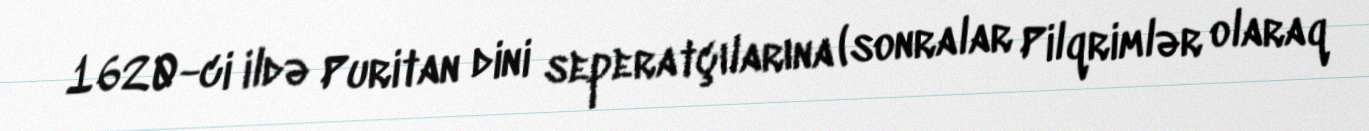
1620-ci ildə Puritan dini seperatçılarına (sonralar Pilqrimlər olaraq